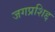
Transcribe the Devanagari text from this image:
जगप्रशिद्द